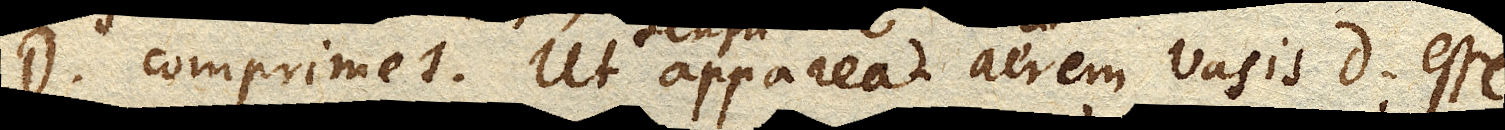
D. comprimet. Ut sensu appareat aerem vasis D. esse